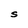
Character: S